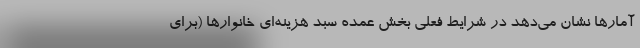
آمارها نشان می‌دهد در شرایط فعلی بخش عمده سبد هزینه‌ای خانوارها (برای